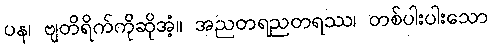
ပန၊ ဗျတိရိက်ကိုဆိုအံ့။ အညတရညတရဿ၊ တစ်ပါးပါးသော